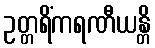
ဥတ္တရိံကရဏီယန္တိ